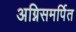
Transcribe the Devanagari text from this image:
अग्निसमर्पित